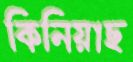
কিনিয়াছ